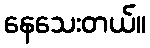
နေသေးတယ်။